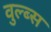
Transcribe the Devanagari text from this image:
वुल्ब्स